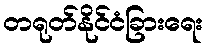
တရုတ်နိုင်ငံခြားရေး